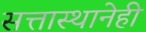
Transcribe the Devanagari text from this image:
सत्तास्थानेही